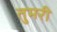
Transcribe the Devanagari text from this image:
तुमरी